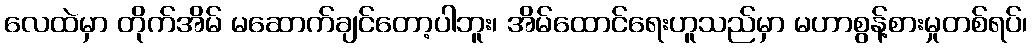
လေထဲမှာ တိုက်အိမ် မဆောက်ချင်တော့ပါဘူး၊ အိမ်ထောင်ရေးဟူသည်မှာ မဟာစွန့်စားမှုတစ်ရပ်၊